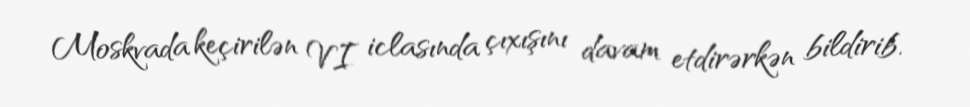
Moskvada keçirilən VI iclasında çıxışını davam etdirərkən bildirib.